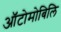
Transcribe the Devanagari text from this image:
ऑटोमोबिलि